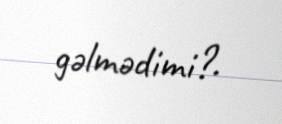
gəlmədimi?.